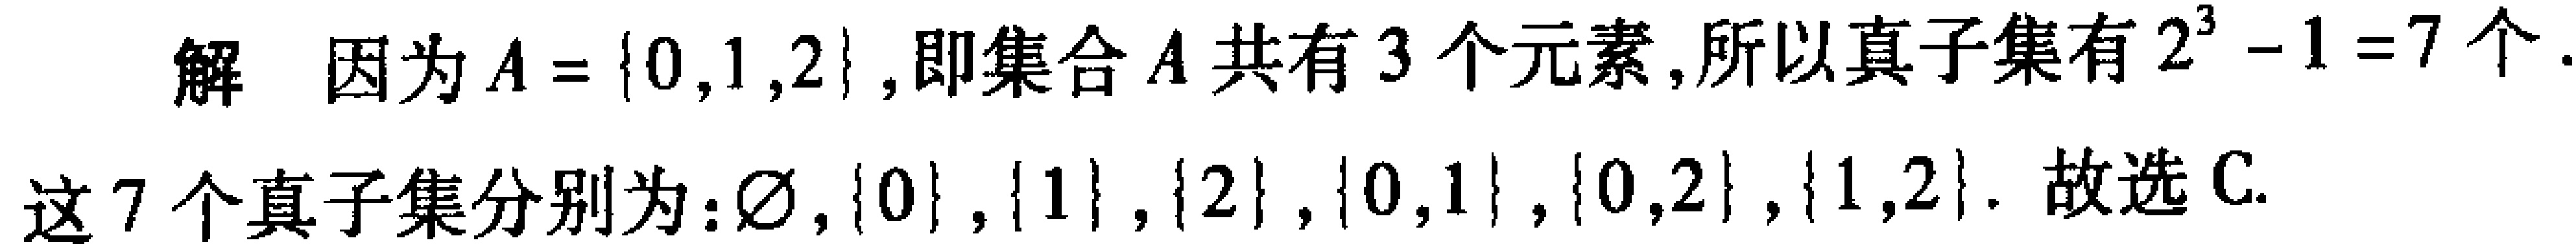
解 因为\(A = \{0,1,2\}\)，即集合\(A\)共有\(3\)个元素，所以真子集有\(2^{3}-1 = 7\)个.
这\(7\)个真子集分别为：\(\varnothing,\{0\},\{1\},\{2\},\{0,1\},\{0,2\},\{1,2\}\). 故选C.